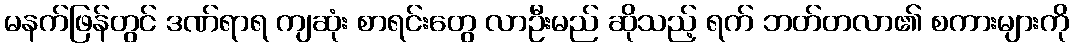
မနက်ဖြန်တွင် ဒဏ်ရာရ ကျဆုံး စာရင်းတွေ လာဦးမည် ဆိုသည့် ရက် ဘတ်တလာ၏ စကားများကို